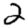
Digit: 2